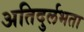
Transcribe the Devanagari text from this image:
अतिदुर्लभता